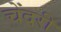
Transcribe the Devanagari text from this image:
चेंदरी